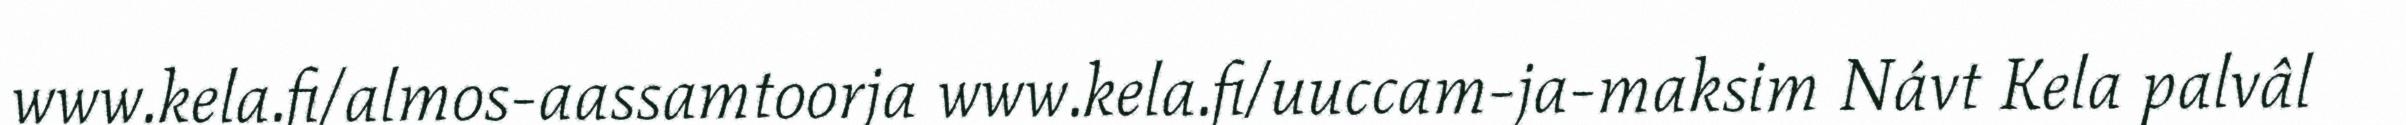
www.kela.fi/almos-aassamtoorja www.kela.fi/uuccam-ja-maksim Návt Kela palvâl